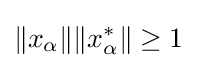
\|x_{\alpha }\|\|x_{\alpha }^{*}\|\geq 1